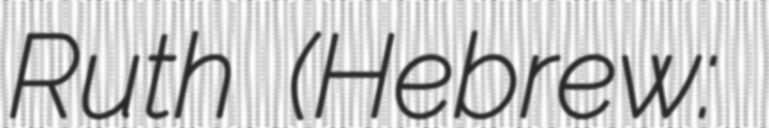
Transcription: Ruth (Hebrew: כְּפַר